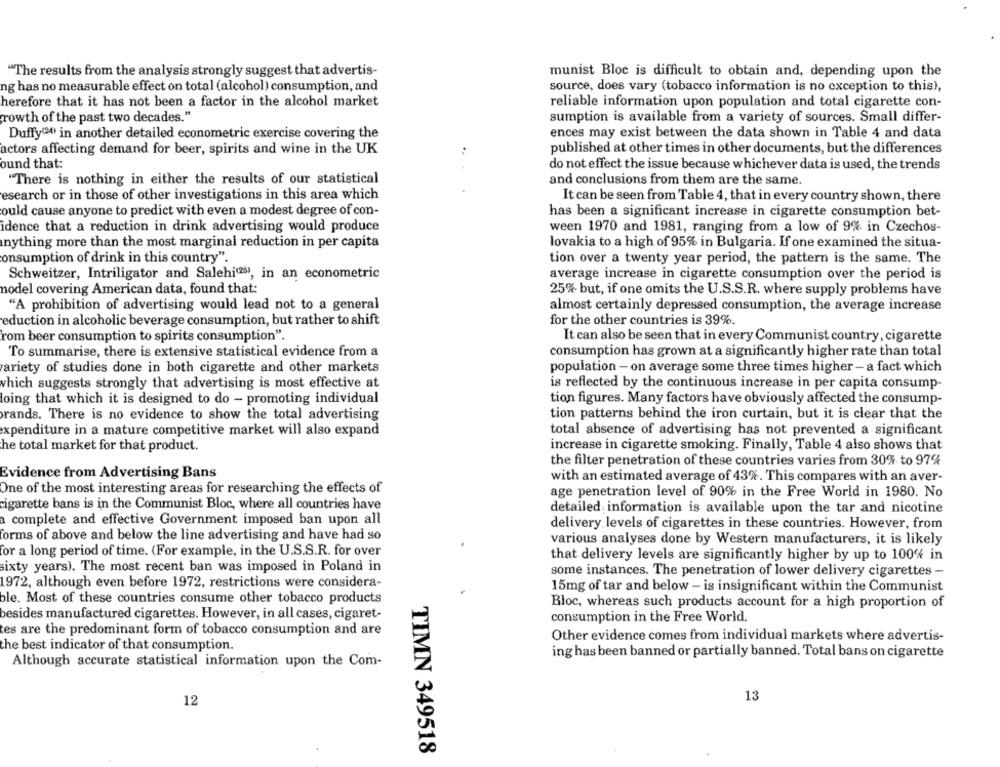
"The results from the analysis strongly suggest that advertis-
munist Bloc is difficult to obtain and, depending upon the
ng has no measurable effect on total (alcohol) consumption, and
source, does vary (tobacco information is no exception to this),
herefore that it has not been a factor in the alcohol market
reliable information upon population and total cigarette con-
rowth of the past two decades."
sumption is available from a variety of sources. Small differ-
Duffy(20) in another detailed econometric exercise covering the
ences may exist between the data shown in Table 4 and data
actors affecting demand for beer, spirits and wine in the UK
..
published at other times in other documents, but the differences
ound that:
do not effect the issue because whichever data is used, the trends
"There is nothing in either the results of our statistical
and conclusions from them are the same.
esearch or in those of other investigations in this area which
It can be seen from Table 4, that in every country shown, there
ould cause anyone to predict with even a modest degree of con-
has been a significant increase in cigarette consumption bet-
idence that a reduction in drink advertising would produce
ween 1970 and 1981, ranging from a low of 9% in Czechos-
anything more than the most marginal reduction in per capita
lovakia to a high of 95% in Bulgaria. If one examined the situa-
consumption of drink in this country".
tion over a twenty year period, the pattern is the same. The
Schweitzer, Intriligator and Salehi(25), in an econometric
average increase in cigarette consumption over the period is
nodel covering American data, found that:
25% but, if one omits the U.S.S.R. where supply problems have
"A prohibition of advertising would lead not to a general
almost certainly depressed consumption, the average increase
eduction in alcoholic beverage consumption, but rather to shift
for the other countries is 39%.
rom beer consumption to spirits consumption".
It can also be seen that in every Communist country, cigarette
To summarise, there is extensive statistical evidence from a
consumption has grown at a significantly higher rate than total
ariety of studies done in both cigarette and other markets
population - on average some three times higher - a fact which
which suggests strongly that advertising is most effective at
is reflected by the continuous increase in per capita consump-
loing that which it is designed to do - promoting individual
tion figures. Many factors have obviously affected the consump-
tion patterns behind the iron curtain, but it is clear that the
rands. There is no evidence to show the total advertising
expenditure in a mature competitive market will also expand
total absence of advertising has not prevented a significant
increase in cigarette smoking. Finally, Table 4 also shows that
he total market for that product.
the filter penetration of these countries varies from 30% to 97%
Evidence from Advertising Bans
with an estimated average of 43%. This compares with an aver-
One of the most interesting areas for researching the effects of
age penetration level of 90% in the Free World in 1980. No
cigarette bans is in the Communist Bloc, where all countries have
detailed information is available upon the tar and nicotine
a complete and effective Government imposed ban upon all
delivery levels of cigarettes in these countries. However, from
forms of above and below the line advertising and have had so
various analyses done by Western manufacturers, it is likely
for a long period of time. (For example, in the U.S.S.R. for over
that delivery levels are significantly higher by up to 100% in
sixty years). The most recent ban was imposed in Poland in
some instances. The penetration of lower delivery cigarettes -
1972, although even before 1972, restrictions were considera-
15mg of tar and below - is insignificant within the Communist
ble. Most of these countries consume other tobacco products
Bloc, whereas such products account for a high proportion of
besides manufactured cigarettes. However, in all cases, cigaret-
consumption in the Free World.
tes are the predominant form of tobacco consumption and are
Other evidence comes from individual markets where advertis-
the best indicator of that consumption.
ing has been banned or partially banned. Total bans on cigarette
Although accurate statistical information upon the Com-
13
12
TIMN 349518